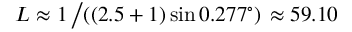
L \approx 1 \left/ \left( ( 2 . 5 + 1 ) \sin 0 . 2 7 7 ^ { \circ } \right) \right. \approx 5 9 . 1 0